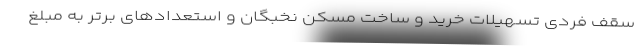
سقف فردی تسهیلات خرید و ساخت مسکن نخبگان و استعدادهای برتر به مبلغ